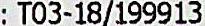
: T03-18/199913